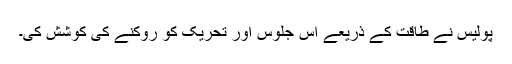
پولیس نے طاقت کے ذریعے اس جلوس اور تحریک کو روکنے کی کوشش کی۔